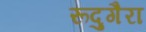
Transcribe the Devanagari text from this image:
रूदुगैरा